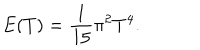
E ( T ) = \frac { 1 } { 1 5 } \pi ^ { 2 } T ^ { 4 } .